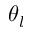
\theta _ { l }